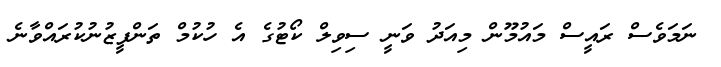
ނަމަވެސް ރައީސް މައުމޫން މިއަދު ވަނީ ސިވިލް ކޯޓުގެ އެ ހުކުމް ތަންފީޒުނުކުރައްވާނެ